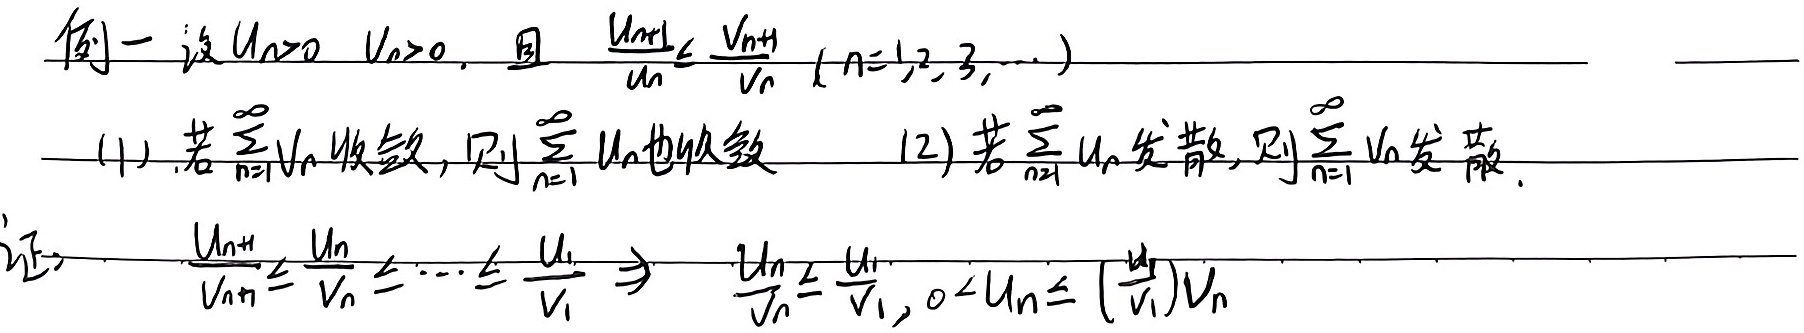
例一 设\(u_n > 0\)，\(v_n > 0\)，且\(\frac{u_{n + 1}}{u_n} \leq \frac{v_{n + 1}}{v_n}\)（\(n = 1,2,3,\cdots\)）
(1) 若\(\sum_{n = 1}^{\infty}v_n\)收敛，则\(\sum_{n = 1}^{\infty}u_n\)也收敛。
(2) 若\(\sum_{n = 1}^{\infty}u_n\)发散，则\(\sum_{n = 1}^{\infty}v_n\)发散。

证：\(\frac{u_{n + 1}}{v_{n + 1}} \leq \frac{u_{n}}{v_{n}} \leq \cdots \leq \frac{u_{1}}{v_{1}} \Rightarrow \frac{u_{n}}{v_{n}} \leq \frac{u_{1}}{v_{1}}, 0 < u_n \leq (\frac{u_{1}}{v_{1}})v_n\)